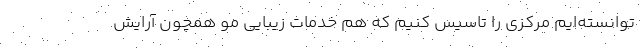
توانسته‌ایم مرکزی را تاسیس کنیم که هم خدمات زیبایی مو همچون آرایش